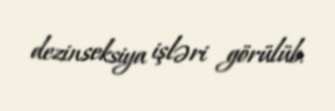
dezinseksiya işləri görülüb.